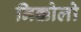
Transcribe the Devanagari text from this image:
निक्कोलो